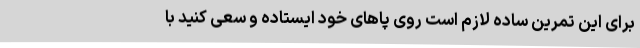
برای این تمرین ساده لازم است روی پاهای خود ایستاده و سعی کنید با